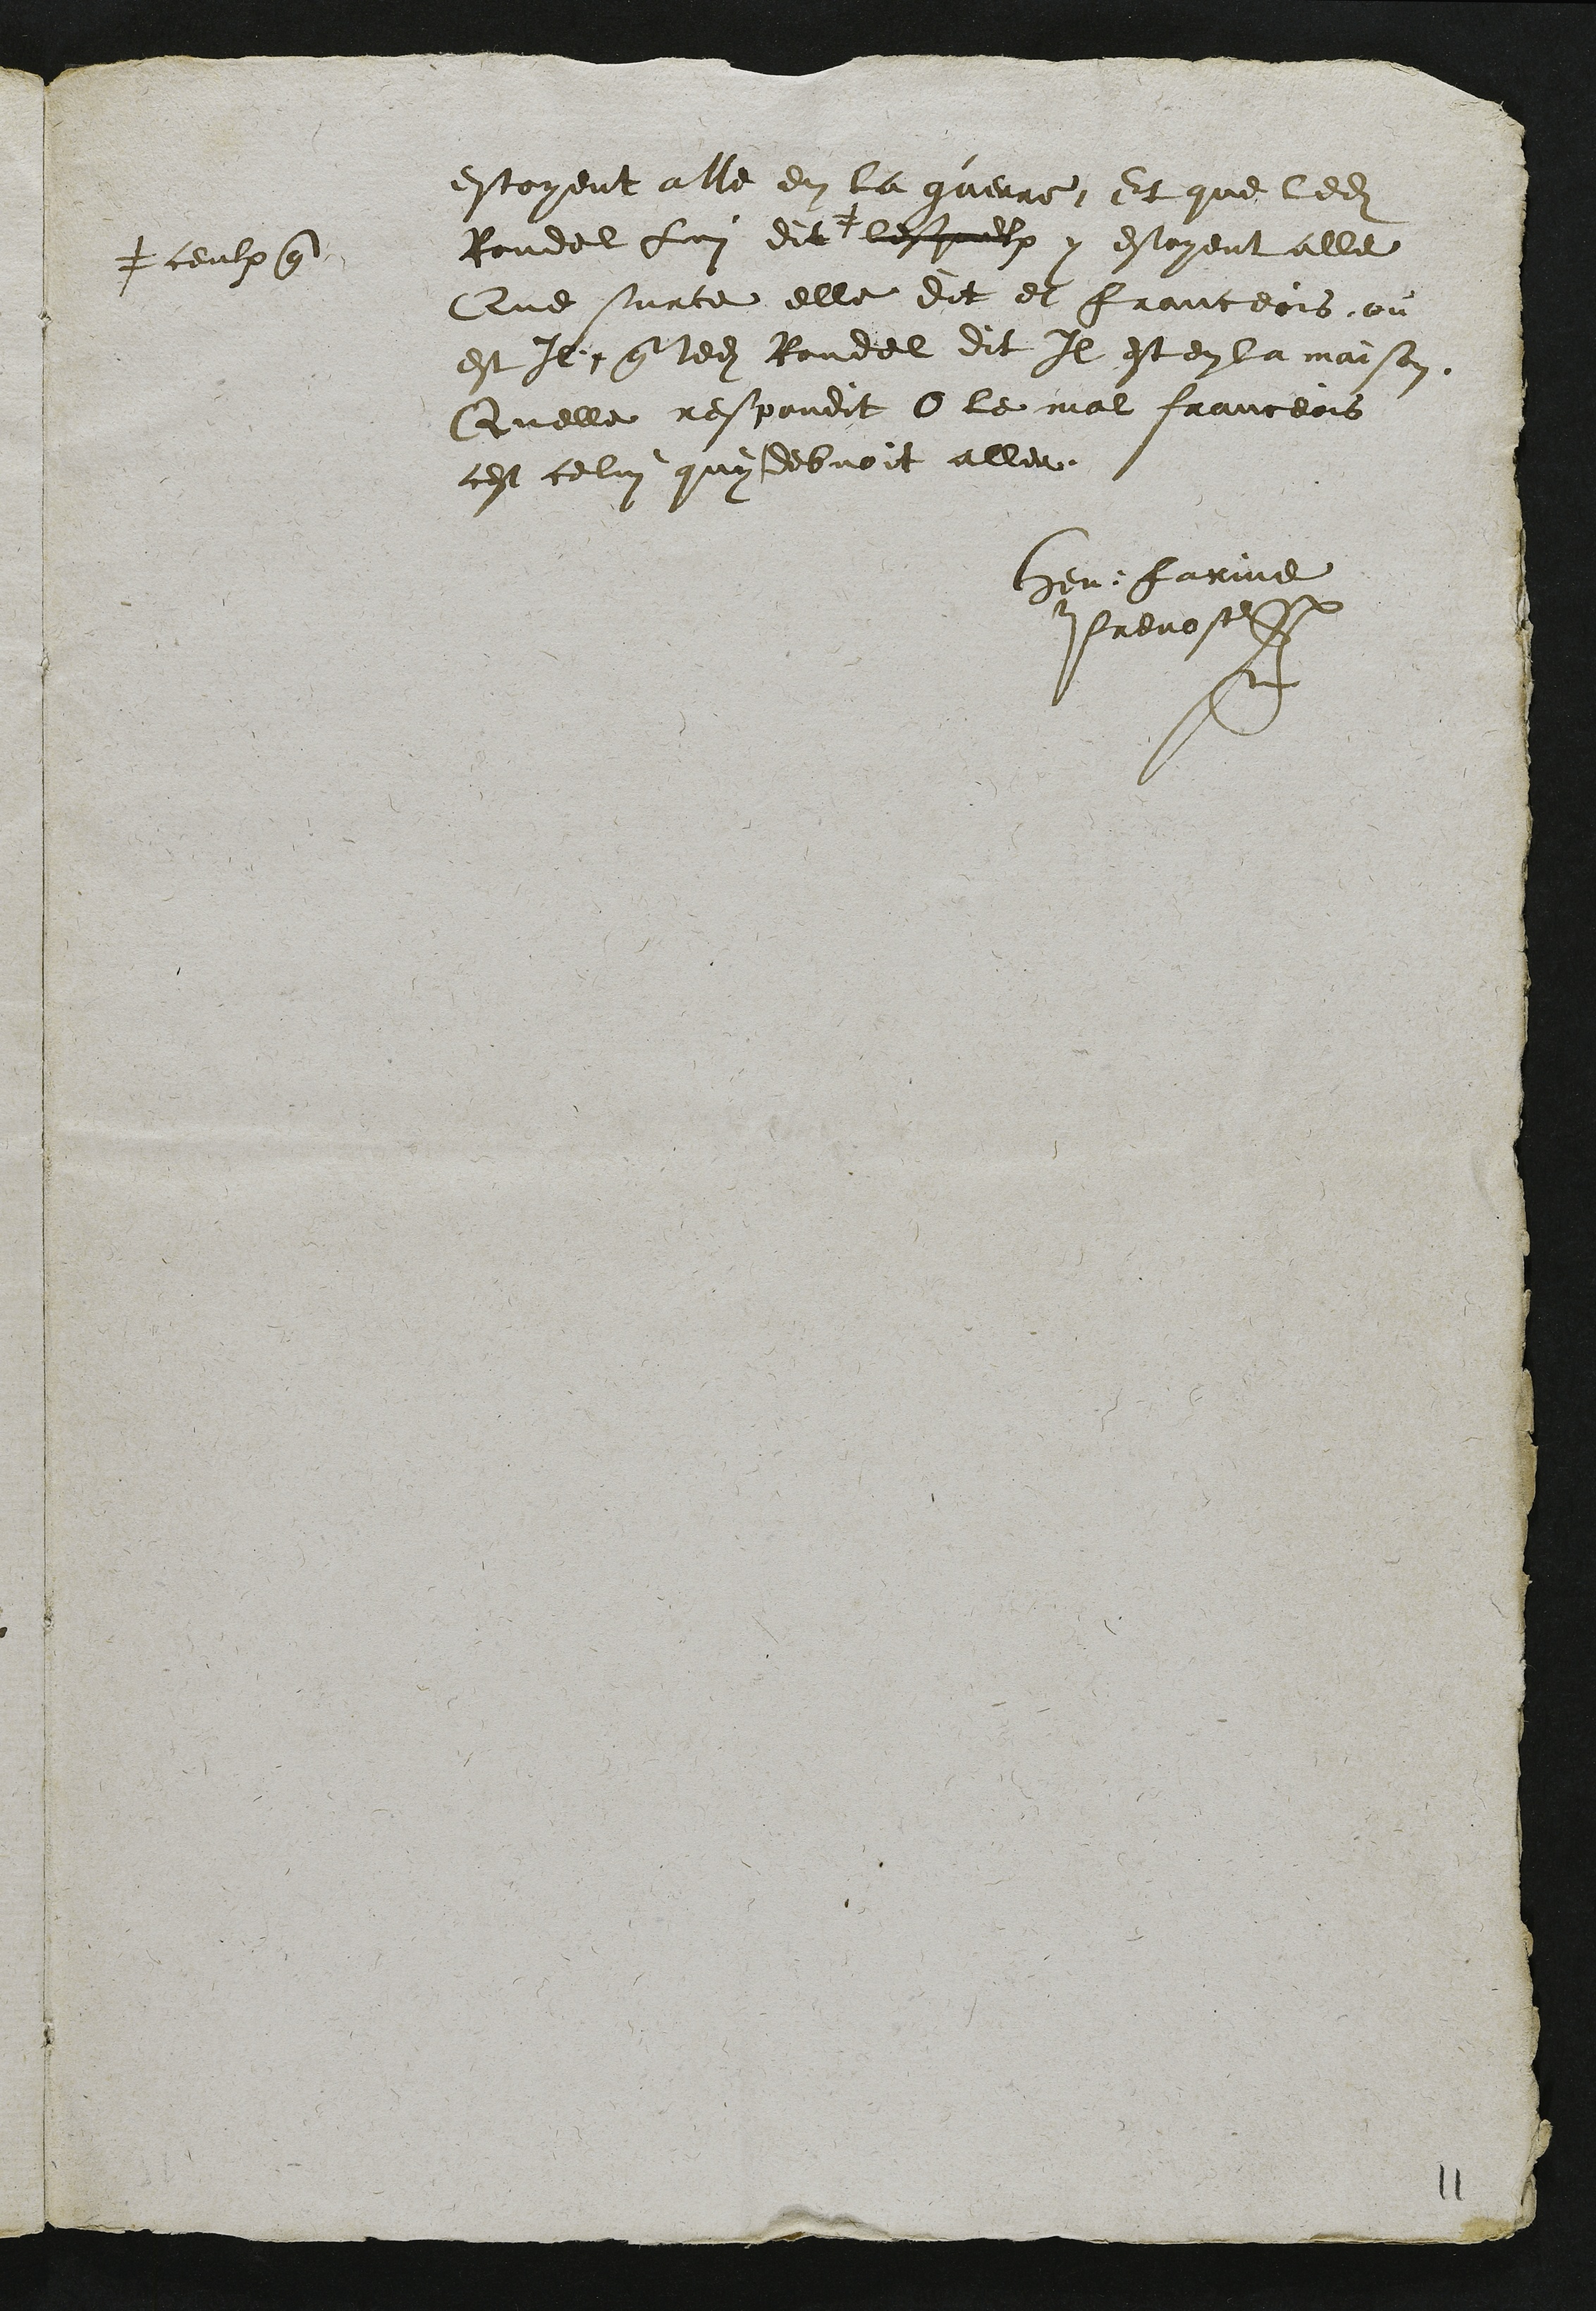
estoyent alle en la guerre Et que ledit
Rondel Lui dit #
# ceulx que
lesquelx y estoyent alle
Que surce elle dit et franceois ou
est Il que ledit Rondel dit Il est en la maison
Quelle respondit O le mal franceois
cest celui quy debvoit aller
Henri Farine
Prevost